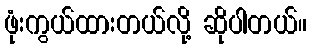
ဖုံးကွယ်ထားတယ်လို့ ဆိုပါတယ်။